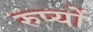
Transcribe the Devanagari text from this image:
रुप्यों